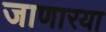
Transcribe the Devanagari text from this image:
जाणारया